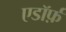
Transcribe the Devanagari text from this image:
एडॉर्फ़